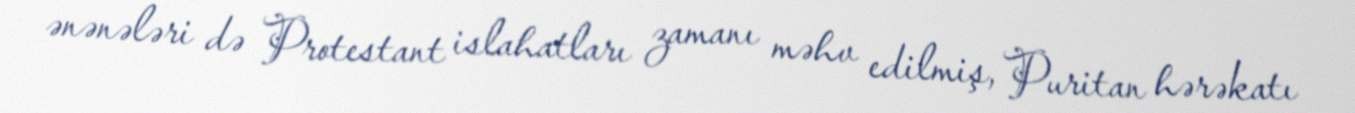
ənənələri də Protestant islahatları zamanı məhv edilmiş, Puritan hərəkatı